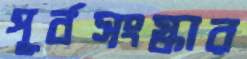
পূর্বসংস্কার